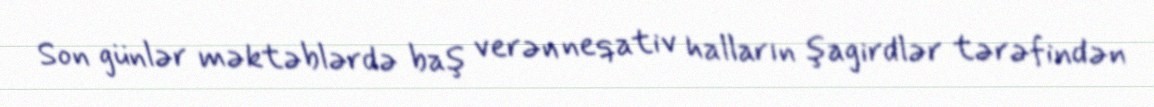
Son günlər məktəblərdə baş verən neqativ halların şagirdlər tərəfindən